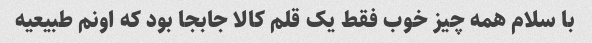
با سلام همه چیز خوب فقط یک قلم کالا جابجا بود که اونم طبیعیه